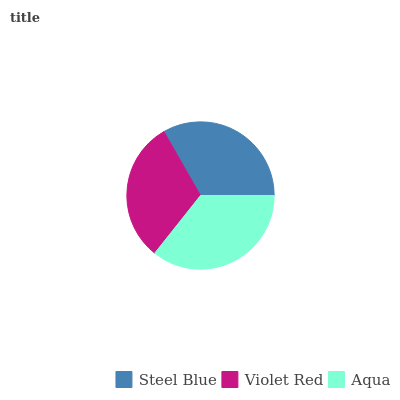
| Steel Blue | Violet Red | Aqua |
 | --- | --- | --- |
 | 33.3% | 31.1% | 35.7% |